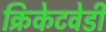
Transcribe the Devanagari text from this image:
क्रिकेटवेडी